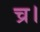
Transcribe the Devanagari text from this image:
च्र।